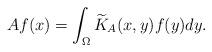
LaTeX: \begin{align*}Af(x)=\int_{\Omega}\widetilde{K}_{A}(x,y)f(y)dy.\end{align*}